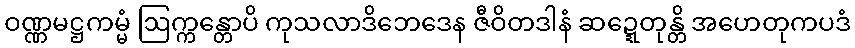
ဝဏ္ဏမဋ္ဌကမ္မံ ဩက္ကန္တောပိ ကုသလာဒိဘေဒေန ဇီဝိတဒါနံ ဆဍ္ဍေတုန္တိ အဟေတုကပဒံ